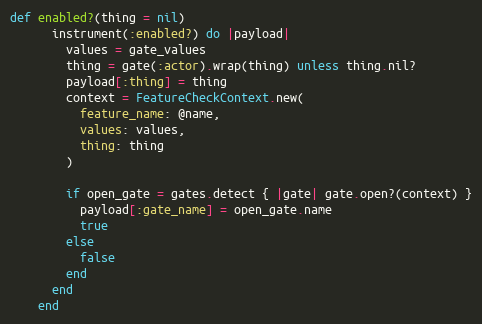
Language: Ruby
def enabled?(thing = nil)
      instrument(:enabled?) do |payload|
        values = gate_values
        thing = gate(:actor).wrap(thing) unless thing.nil?
        payload[:thing] = thing
        context = FeatureCheckContext.new(
          feature_name: @name,
          values: values,
          thing: thing
        )

        if open_gate = gates.detect { |gate| gate.open?(context) }
          payload[:gate_name] = open_gate.name
          true
        else
          false
        end
      end
    end